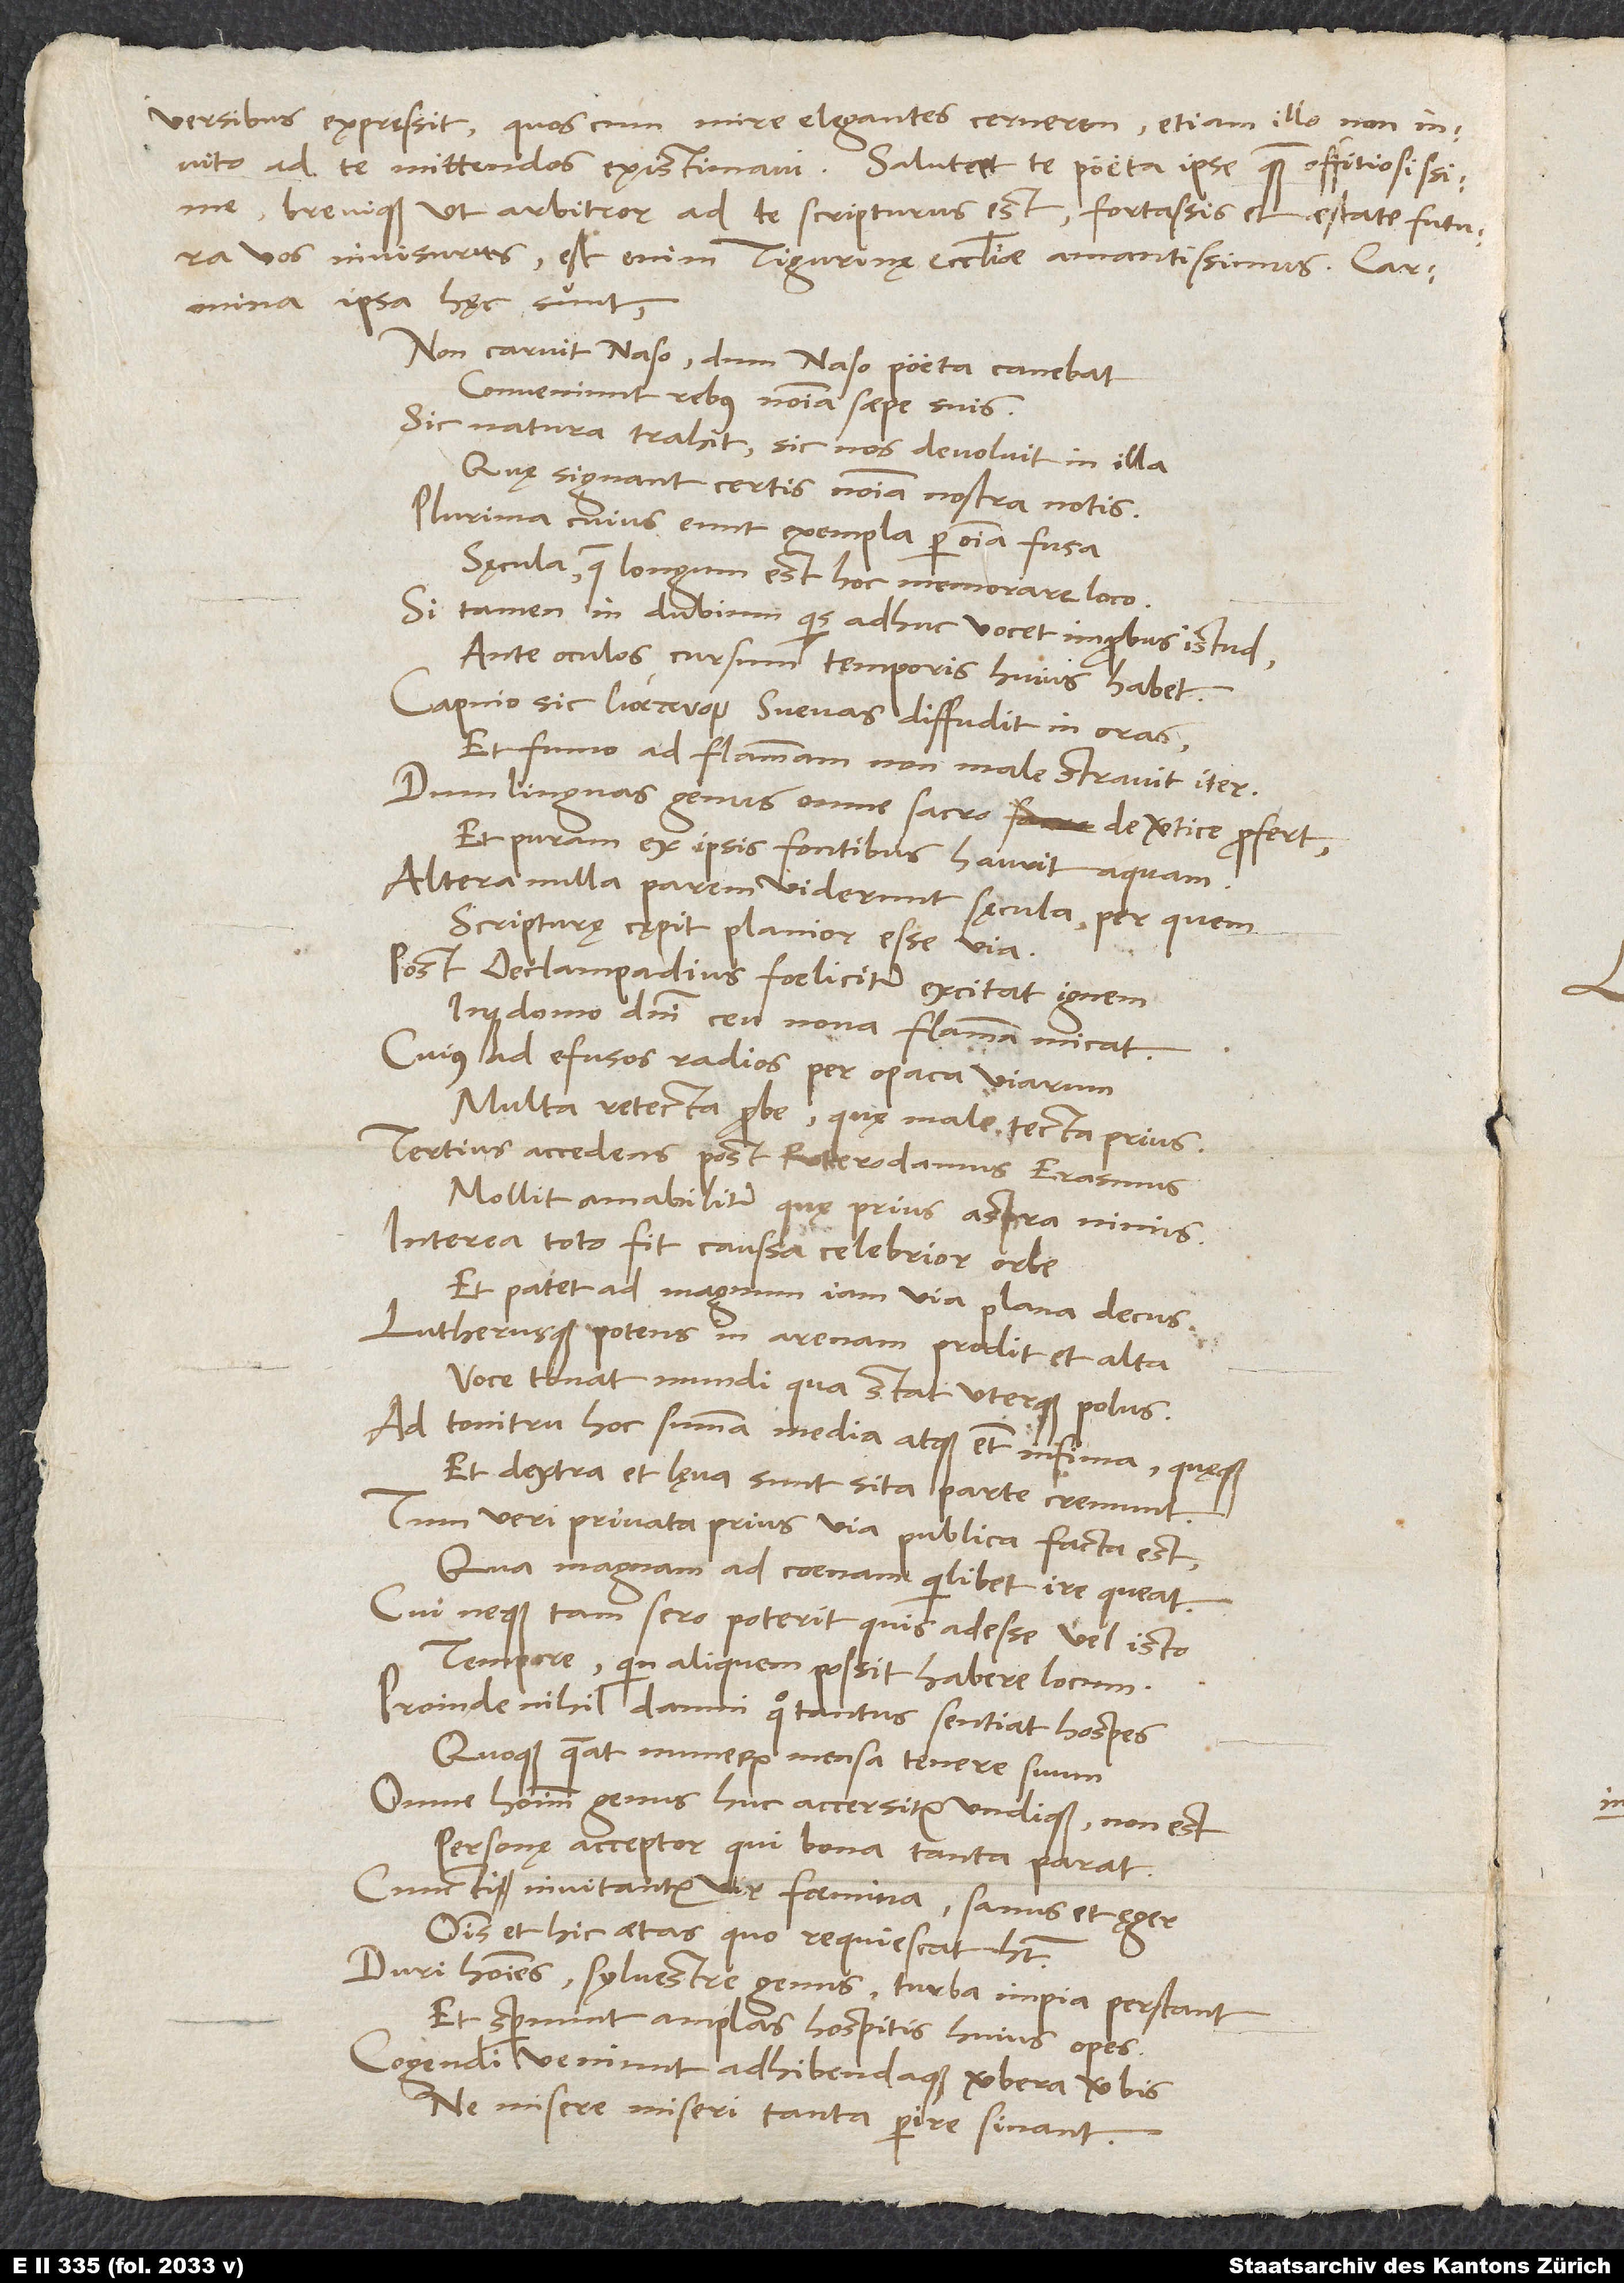
versibus expressit; quos cum mire elegantes cernerem, etiam illo non
invito ad te mittendos existimavi. Salutat te poeta ipse quam offitiosissime,
brevique, ut arbitror, ad te scripturus est, fortassis et aestate futura
vos invisurus; est enim Tigurinę ecclesiae amantissimus. Carmina
ipsa hęc sunt:
Non caruit naso, dum Naso poeta canebat:
„Conveniunt rebus nomina saepe suis.“
Sic natura trahit, sic nos devolvit in illa,
Quę signant certis nomina nostra notis.
Plurima cuius eunt exempla per omnia fusa
Sęcula, quae longum est hoc memorare loco.
Si tamen in dubium quis adhuc vocet improbus istud,
Ante oculos cursum temporis huius habet.
Capnio sic Svevas diffudit in oras,
Et fumo ad flammam non male stravit iter,
Dum linguas genus omne sacro de vertice profert
Et puram ex ipsis fontibus haurit aquam.
Altera nulla parem viderunt sęcula, per quem
Scripturę cępit planior esse via.
Post Oeclampadius foeliciter excitat ignem
Inque domo domini ceu nova flamma micat.
Cuius ad efusos radios per opaca viarum
Multa retecta probe, quę male tecta prius.
Tertius accedens post Roterodamus Erasmus
Mollit amabiliter, quę prius aspra nimis.
Interea toto fit caussa celebrior orbe
Et patet ad magnum iam via plana decus.
Lutherusque potens in arenam prodit et alta
Voce tonat, mundi qua stat uterque polus.
Ad tonitru hoc summa, media atque etiam infima, quęque
Et dextra et lęva sunt sita parte, cremunt.
Tum veri privata prius via publica facta est,
Qua magnam ad coenam quilibet ire queat.
Cui neque tam sero poterit quis adesse vel isto
Tempore, quin aliquem possit habere locum.
Proinde nihil damni quo tantus sentiat hospes
Quoque queat numerum mensa tenere suum,
Omne hominum genus huc accersitur undique, non est
Personę acceptor, qui bona tanta parat.
Cuncti invitantur, vir, foemina, sanus et ęger,
Omnis et hic aetas, quo requiescat, habet.
Duri homines, sylvestre genus, turba impia perstant
Et spernunt amplas hospitis huius opes.
Cogendi veniunt adhibendaque verbera verbis,
Ne misere miseri tanta perire sinant.